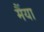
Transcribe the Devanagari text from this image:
मैंया